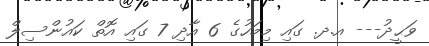
ވަޙީދު--- އ.ދ. ގައި މިމަހުގެ 6 އާދި 7 ގައި އޮތް ކައުންސިލް